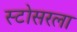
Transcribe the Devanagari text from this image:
स्टोसरला